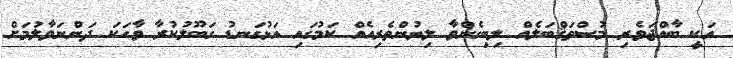
އަކީ ބާއްޖަވެރި މުސްތަޤްބަލެއް ލިބިގެންވާ ލިޔުންތެރިއެއް ކަމުގައި އަޅުގަނޑު ގަބޫލުކުރާ ވާހަކަ ދަންނަވާލުމަށް